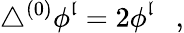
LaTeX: \triangle^{(0)}\phi^{\mathfrak{l}}=2\phi^{\mathfrak{l}}~~~,